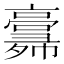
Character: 𢑸